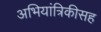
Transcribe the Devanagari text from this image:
अभियांत्रिकीसह